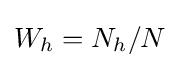
W_{h}=N_{h}/N